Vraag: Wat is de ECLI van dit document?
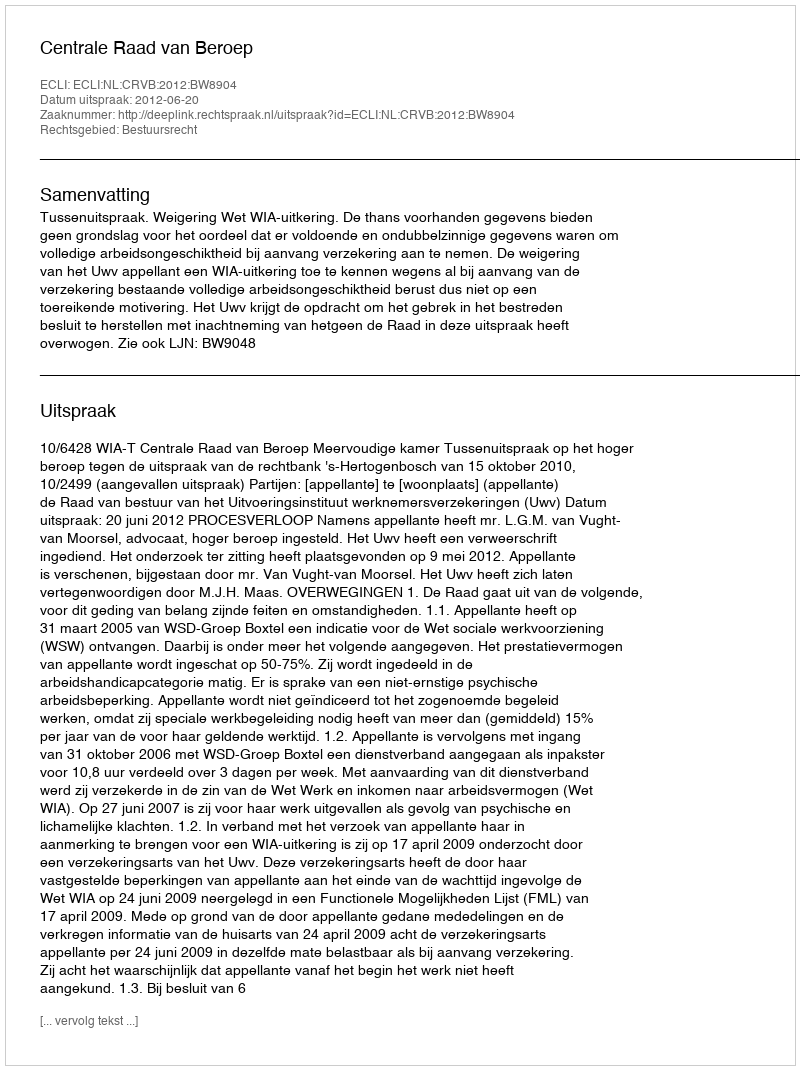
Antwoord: ECLI:NL:CRVB:2012:BW8904